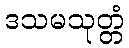
ဒသမသုတ္တံ